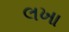
લખા